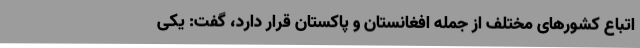
اتباع کشورهای مختلف از جمله افغانستان و پاکستان قرار دارد، گفت: یکی